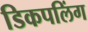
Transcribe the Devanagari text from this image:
डिकपलिंग